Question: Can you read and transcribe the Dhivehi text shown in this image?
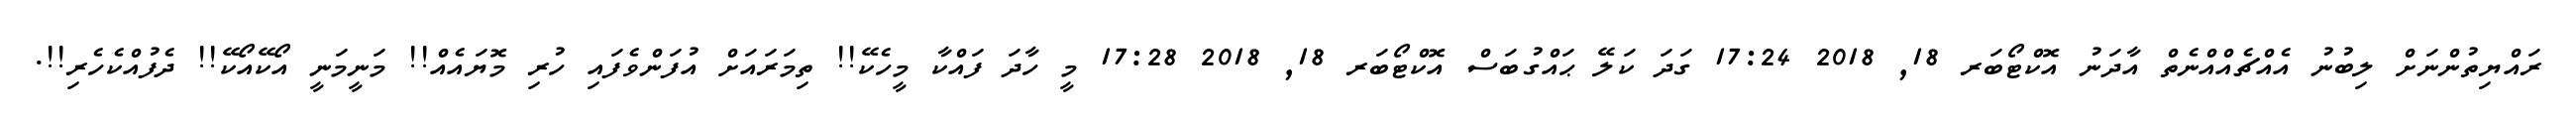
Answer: ރައްޔިތުންނަށް ލިބުނު އެއްޗެއްއްނެތް އާދަނު އޮކްޓޯބަރ 18, 2018 17:24 ގަދަ ކަލޭ ޙައްގުބަސް އޮކްޓޯބަރ 18, 2018 17:28 މީ ހާދަ ފައްކާ މީހެކޭ!! ތިމަރައަށް އުފަންވެފައި ހުރި މޮޔައެއް!! މަނީމަނީ އޯކޭއޯކޭ!! ދެފުއްކެހެރި!!.